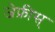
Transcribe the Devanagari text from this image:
जेफ्रीस्